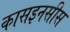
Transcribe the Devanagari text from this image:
कासइनसीस